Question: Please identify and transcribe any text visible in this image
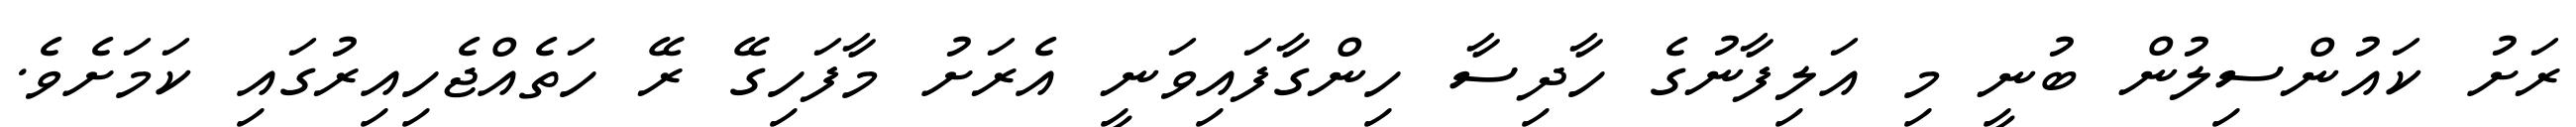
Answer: ރަށު ކައުންސިލުން ބުނީ މި އަލިފާނުގެ ހާދިސާ ހިންގާފައިވަނީ އެރަށު މާފަހިގޭ ރޭ ހަތެއްޖެހިއިރުގައި ކަމަށެވެ.